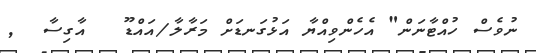
ނުވެސް ހުއްޓާނަން" އެހެންވިއްޔާ އަޅުގަނޑަށް މަރާލާ/އައްޑޫ   އާގިސާ